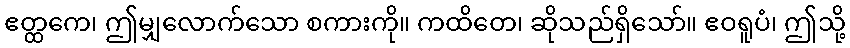
ဧတ္ထကေ၊ ဤမျှလောက်သော စကားကို။ ကထိတေ၊ ဆိုသည်ရှိသော်။ ဧဝရူပံ၊ ဤသို့